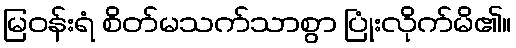
မြဝန်းရံ စိတ်မသက်သာစွာ ပြုံးလိုက်မိ၏။